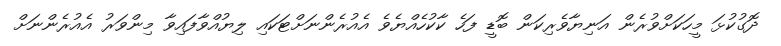
ދޮގުކުޅަ މީހަކަށްވުރެން އަނިޔާވެރިކަން ބޮޑީ ފަހެ ކާކުހެއްޔެވެ އެއުރެންނަށްޓަކައި ލިޔުއްވާފައިވާ މިންވަރު އެއުރެންނަށް